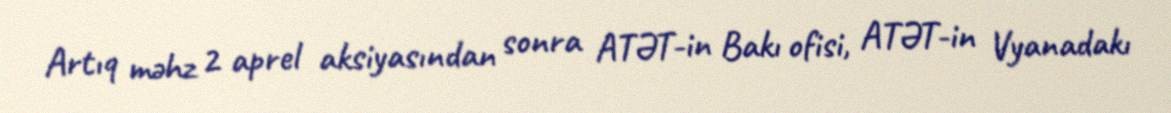
Artıq məhz 2 aprel aksiyasından sonra ATƏT-in Bakı ofisi, ATƏT-in Vyanadakı